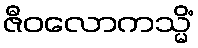
ဇီဝလောကသ္မိံ